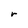
Character: r